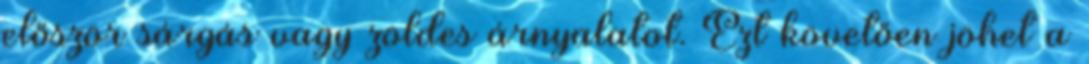
először sárgás vagy zöldes árnyalatot. Ezt követően jöhet a